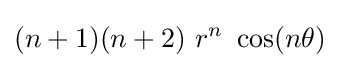
(n+1)(n+2)~r^{n}~\cos(n\theta )